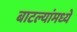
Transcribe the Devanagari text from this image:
बाटल्यांमध्ये